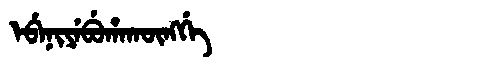
Manchu: ᡝᠪᡝᠨᡳᠶᡝᠪᡠᡥᠠᡴᡡᠩᡤᡝ
Romanization: EBENIYEBUHAKŪNGGE